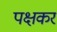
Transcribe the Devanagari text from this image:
पक्षकर